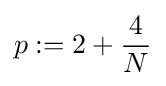
p:=2+{\frac {4}{N}}